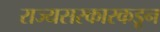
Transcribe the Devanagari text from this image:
राज्यसरकारकडून